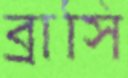
ব্রাসি